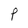
Character: P